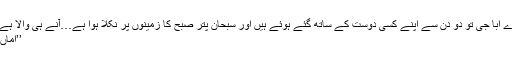
’’تیرے ابا جی تو دو دن سے اپنے کسی دوست کے ساتھ گئے ہوئے ہیں اور سبحان پتر صبح کا زمینوں پر نکلا ہوا ہے…آنے ہی والا ہے…‘‘
’’اماں جی!